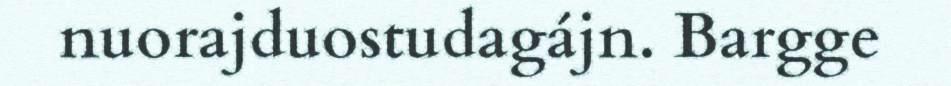
nuorajduostudagájn. Bargge